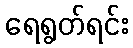
ရေရွတ်ရင်း